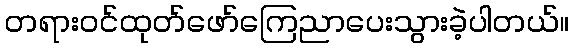
တရားဝင်ထုတ်ဖော်ကြေညာပေးသွားခဲ့ပါတယ်။